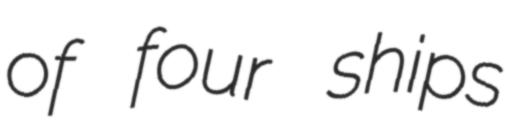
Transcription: of four ships